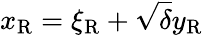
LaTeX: x_{\mathrm{{R}}}=\xi_{\mathrm{{R}}}+\sqrt{\delta}y_{\mathrm{{R}}}